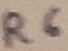
Text: R6